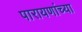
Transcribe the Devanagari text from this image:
पारायणांच्या